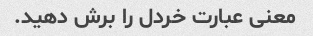
معنی عبارت خردل را برش دهید.